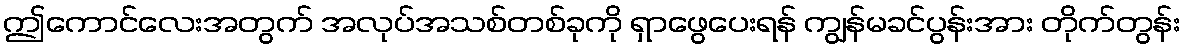
ဤကောင်လေးအတွက် အလုပ်အသစ်တစ်ခုကို ရှာဖွေပေးရန် ကျွန်မခင်ပွန်းအား တိုက်တွန်း